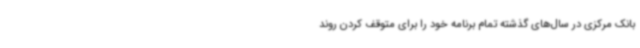
بانک مرکزی در سال‌های گذشته تمام برنامه خود را برای متوقف کردن روند